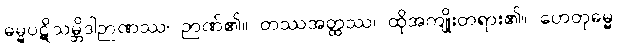
ဓမ္မပဋိသမ္ဘိဒါဉာဏဿ၊ ဉာဏ်၏။ တဿအတ္ထဿ၊ ထိုအကျိုးတရား၏။ ဟေတုဓမ္မ